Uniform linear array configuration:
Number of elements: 32
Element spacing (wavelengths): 0.25
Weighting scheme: uniform
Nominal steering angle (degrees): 45
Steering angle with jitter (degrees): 46.292
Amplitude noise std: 0.05
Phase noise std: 0.05

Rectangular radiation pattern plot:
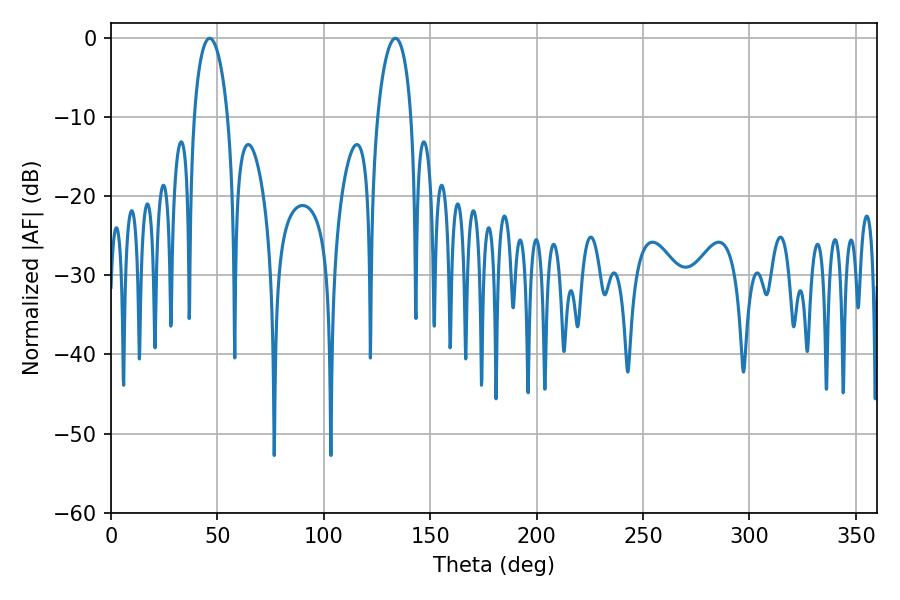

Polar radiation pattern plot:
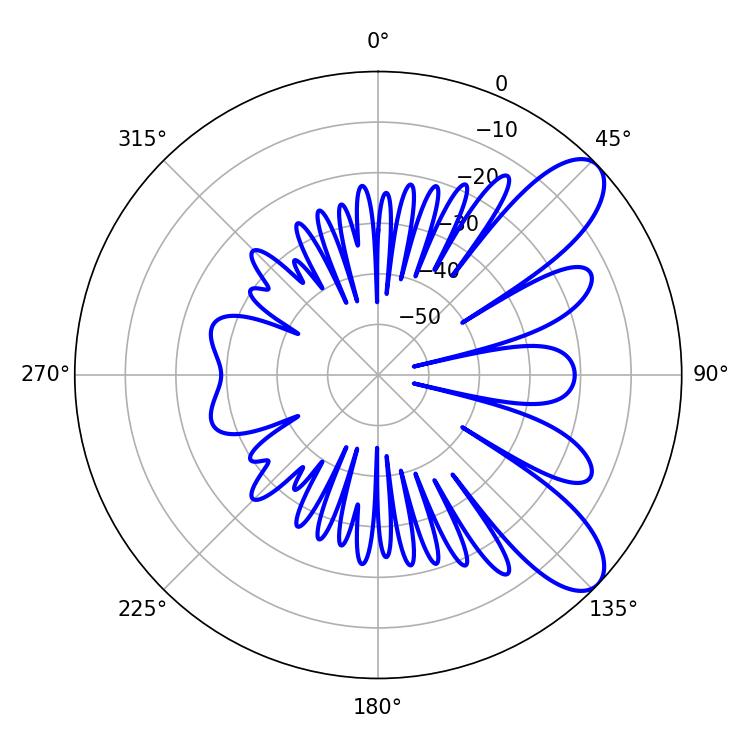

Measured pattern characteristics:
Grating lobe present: FALSE
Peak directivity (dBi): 8.921
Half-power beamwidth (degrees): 9.18
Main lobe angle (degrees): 46.44